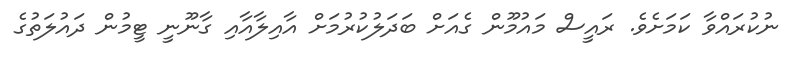
ނުކުރައްވާ ކަމަށެވެ. ރައީސް މައުމޫން ގެއަށް ބަދަލުކުރުމަށް އާއިލާއާއި ގާނޫނީ ޓީމުން ދައުލަތުގެ